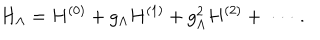
H _ { \Lambda } = H ^ { ( 0 ) } + g _ { \Lambda } H ^ { ( 1 ) } + g _ { \Lambda } ^ { 2 } H ^ { ( 2 ) } + \; \cdot \cdot \cdot \; .